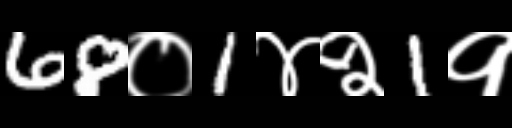
Text: 68०1४२1१